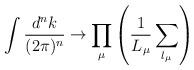
LaTeX: \begin{align*}\int \frac{d^nk}{(2\pi)^n} \rightarrow \prod_\mu\left(\frac{1}{L_\mu}\sum_{l_\mu} \right)\end{align*}